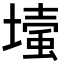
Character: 𡐬